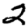
Digit: 2